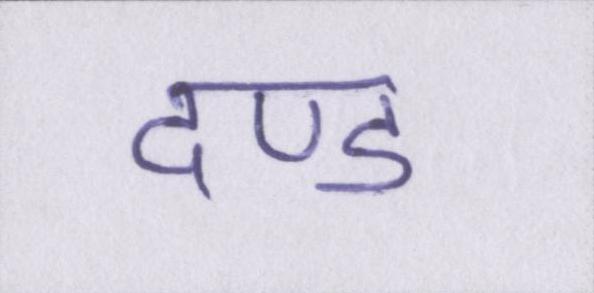
दण्ड